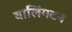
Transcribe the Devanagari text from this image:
वालिंगटन